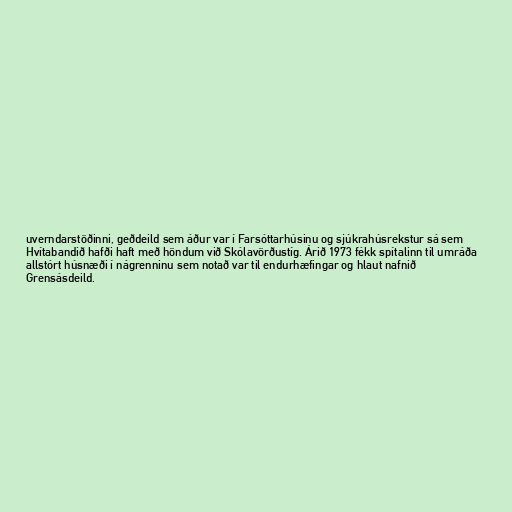
uverndarstöðinni, geðdeild sem áður var í Farsóttarhúsinu og sjúkrahúsrekstur sá sem
Hvítabandið hafði haft með höndum við Skólavörðustíg. Árið 1973 fékk spítalinn til umráða
allstórt húsnæði í nágrenninu sem notað var til endurhæfingar og hlaut nafnið
Grensásdeild.